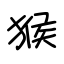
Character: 猴